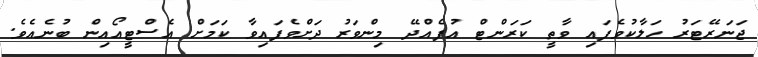
ޖަނަރޭޓަރު ހަލާކުވެފައި ވާތީ ކަރަންޓް އުފެއްދޭ މިންވަރު ދަށްވެފައިވާ ކަމަށް އެސްޓީއޯއިން ބުނެއެވެ.